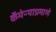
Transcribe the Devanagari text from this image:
कॅमेऱ्याप्रमाणे